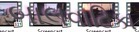
બાલવાટિકા